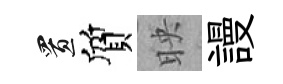
置質映謾